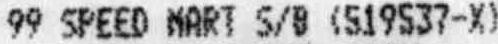
99 SPEED MART S/B (519537-X)